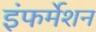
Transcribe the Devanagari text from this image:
इंफर्मेशन